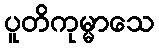
ပူတိကုမ္မာသေ